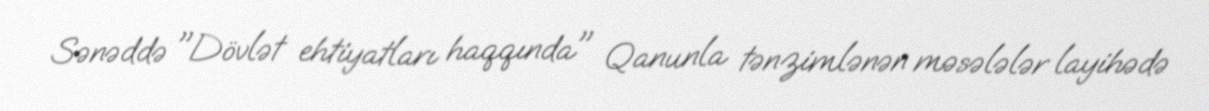
Sənəddə "Dövlət ehtiyatları haqqında" Qanunla tənzimlənən məsələlər layihədə